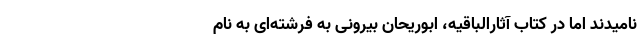
نامیدند اما در کتاب آثارالباقیه، ابوریحان بیرونی به فرشته‌ای به نام